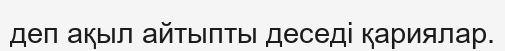
деп ақыл айтыпты деседі қариялар.